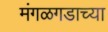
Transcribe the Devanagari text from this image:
मंगळगडाच्या